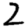
Digit: 2